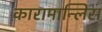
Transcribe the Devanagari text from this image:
कारामान्लिस